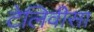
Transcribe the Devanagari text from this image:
टेलिवीसा